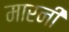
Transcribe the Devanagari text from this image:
मारनी